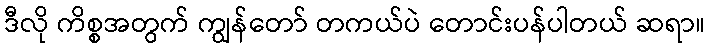
ဒီလို ကိစ္စအတွက် ကျွန်တော် တကယ်ပဲ တောင်းပန်ပါတယ် ဆရာ။